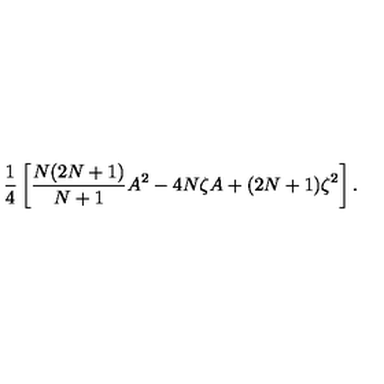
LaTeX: \frac { 1 } { 4 } \left[ \frac { N ( 2 N + 1 ) } { N + 1 } A ^ { 2 } - 4 N \zeta A + ( 2 N + 1 ) \zeta ^ { 2 } \right] .